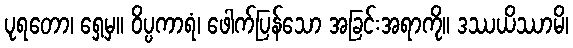
ပုရတော၊ ရှေ့မှ။ ဝိပ္ပကာရံ၊ ဖေါက်ပြန်သော အခြင်းအရာကို။ ဒဿယိဿာမိ၊